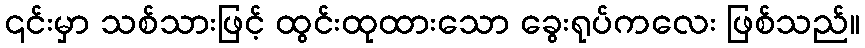
၎င်းမှာ သစ်သားဖြင့် ထွင်းထုထားသော ခွေးရုပ်ကလေး ဖြစ်သည်။